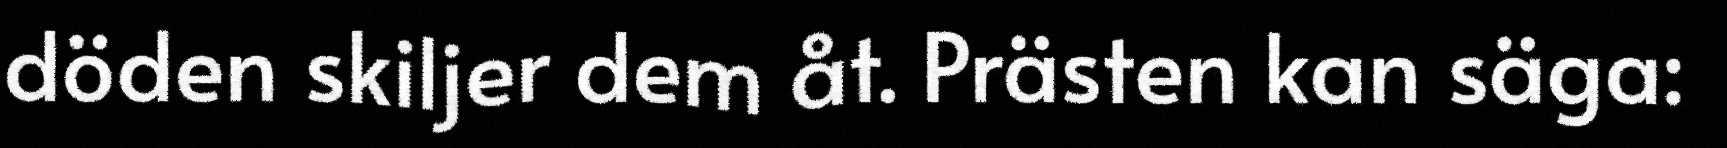
döden skiljer dem åt. Prästen kan säga: